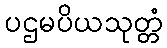
ပဌမပိယသုတ္တံ